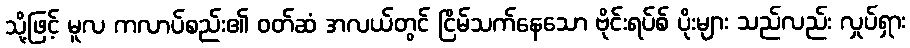
သို့ဖြင့် မူလ ကလာပ်စည်း၏ ဝတ်ဆံ အလယ်တွင် ငြိမ်သက်နေသော ဗိုင်းရပ်စ် ပိုးများ သည်လည်း လှုပ်ရှား